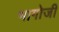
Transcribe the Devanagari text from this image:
भागोजी